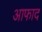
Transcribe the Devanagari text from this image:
आफाद